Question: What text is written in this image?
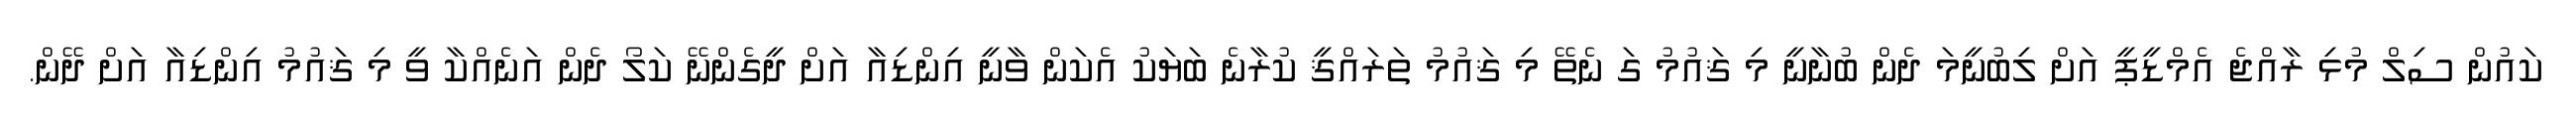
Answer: ކައުން ސިލް މުޅި ރާއްޖެ އެމްޑީޕީ އަށް ލިބުނީމަ ދެން ބުނާނީ މި ޤައުމު ގަ ނެތޭ މި ޤައުމު ތަރައްޤީ ކުރާނެ ބަޔަކު އެކަން ވާނީ އިންޑިއާ އަށް ދީގެންނޭ ކަލޯ ދެން އަނެއްކާ ވީ މި ޤައުމު އިންޑިއާ އަށް ދޭން.